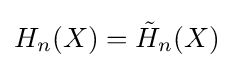
H_{n}(X)={\tilde {H}}_{n}(X)